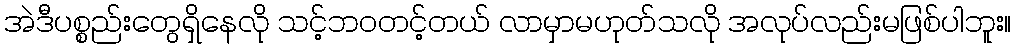
အဲဒီပစ္စည်းတွေရှိနေလို သင့်ဘဝတင့်တယ် လာမှာမဟုတ်သလို အလုပ်လည်းမဖြစ်ပါဘူး။